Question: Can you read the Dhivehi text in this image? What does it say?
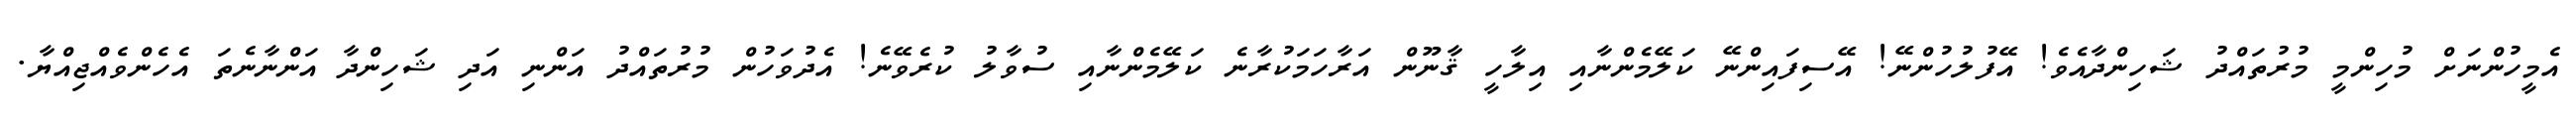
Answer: އެމީހުންނަށް މުހިންމީ މުރުތައްދު ޝަހިންދާއެވެ! އޭފުލުހުންނޭ! އޭސިފައިންނޭ ކަލޭމެންނާއި އިލާހީ ޤާނޫން އަރާހަމަކުރާނެ ކަލޭމެންނާއި ސުވާލު ކުރެވޭނެ! އެދުވަހުން މުރުތައްދު އަންނި އަދި ޝަހިންދާ އަންނާނެތަ އެހެންވެއްޖިއްޔާ.